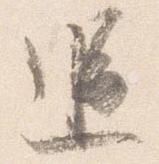
追